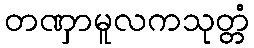
တဏှာမူလကသုတ္တံ